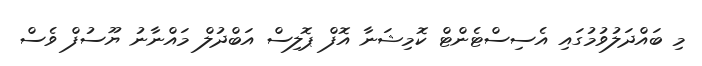
މި ބައްދަލުވުމުގައި އެސިސްޓެންޓް ކޮމިޝަނާ އޮފް ޕޮލިސް އަބްދުލް މައްނާނު ޔޫސުފް ވެސް